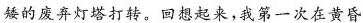
矮的废弃灯塔打转。回想起来，我第一次在黄昏